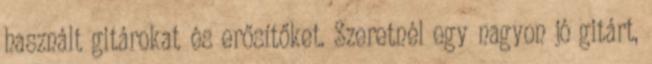
használt gitárokat és erősítőket. Szeretnél egy nagyon jó gitárt,